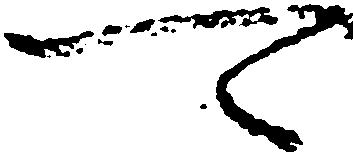
可